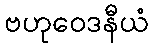
ဗဟုဝေဒနီယံ